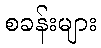
စခန်းများ